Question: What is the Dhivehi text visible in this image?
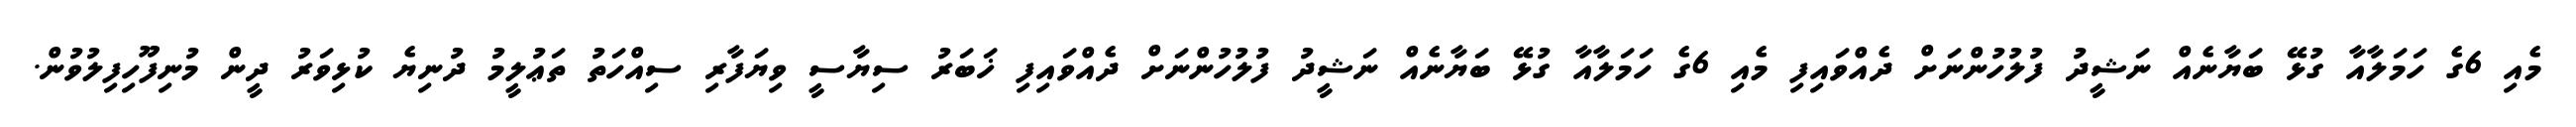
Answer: މެއި 6ގެ ހަމަލާއާ ގުޅޭ ބަޔާނެއް ނަޝީދު ފުލުހުންނަށް ދެއްވައިފި މެއި 6ގެ ހަމަލާއާ ގުޅޭ ބަޔާނެއް ނަޝީދު ފުލުހުންނަށް ދެއްވައިފި ޚަބަރު ސިޔާސީ ވިޔަފާރި ސިއްހަތު ތަޢުލީމު ދުނިޔެ ކުޅިވަރު ދީން މުނިފޫހިފިލުވުން.